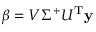
\beta = V \Sigma ^ { + } U ^ { \mathrm { { T } } } \mathbf { y }